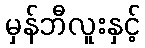
မှန်ဘီလူးနှင့်